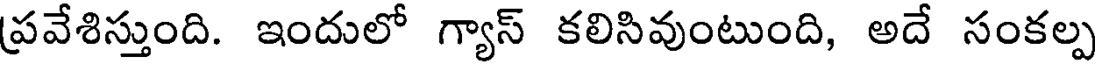
ప్రవేశిస్తుంది. ఇందులో గ్యాస్ కలిసివుంటుంది, అదే సంకల్ప